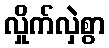
လှိုက်လှဲစွာ